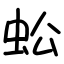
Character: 蚣